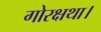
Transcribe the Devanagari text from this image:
गोरक्षथा।